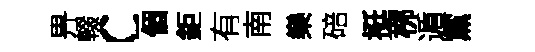
畀輟c個鉅有南樂碚挺桞遁黨